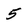
Character: 5